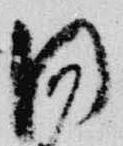
同